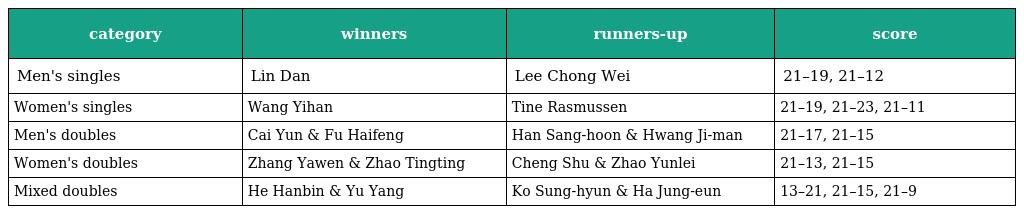
| category | winners | runners-up | score |
 | --- | --- | --- | --- |
 | Men's singles | Lin Dan | Lee Chong Wei | 21–19, 21–12 |
 | Women's singles | Wang Yihan | Tine Rasmussen | 21–19, 21–23, 21–11 |
 | Men's doubles | Cai Yun & Fu Haifeng | Han Sang-hoon & Hwang Ji-man | 21–17, 21–15 |
 | Women's doubles | Zhang Yawen & Zhao Tingting | Cheng Shu & Zhao Yunlei | 21–13, 21–15 |
 | Mixed doubles | He Hanbin & Yu Yang | Ko Sung-hyun & Ha Jung-eun | 13–21, 21–15, 21–9 |